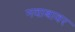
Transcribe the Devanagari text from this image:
नवाबावर